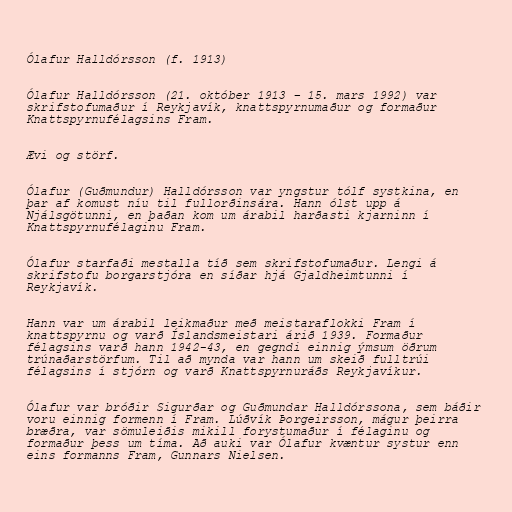
Ólafur Halldórsson (f. 1913)

Ólafur Halldórsson (21. október 1913 – 15. mars 1992) var
skrifstofumaður í Reykjavík, knattspyrnumaður og formaður
Knattspyrnufélagsins Fram.

Ævi og störf.

Ólafur (Guðmundur) Halldórsson var yngstur tólf systkina, en
þar af komust níu til fullorðinsára. Hann ólst upp á
Njálsgötunni, en þaðan kom um árabil harðasti kjarninn í
Knattspyrnufélaginu Fram.

Ólafur starfaði mestalla tíð sem skrifstofumaður. Lengi á
skrifstofu borgarstjóra en síðar hjá Gjaldheimtunni í
Reykjavík.

Hann var um árabil leikmaður með meistaraflokki Fram í
knattspyrnu og varð Íslandsmeistari árið 1939. Formaður
félagsins varð hann 1942-43, en gegndi einnig ýmsum öðrum
trúnaðarstörfum. Til að mynda var hann um skeið fulltrúi
félagsins í stjórn og varð Knattspyrnuráðs Reykjavíkur.

Ólafur var bróðir Sigurðar og Guðmundar Halldórssona, sem báðir
voru einnig formenn í Fram. Lúðvík Þorgeirsson, mágur þeirra
bræðra, var sömuleiðis mikill forystumaður í félaginu og
formaður þess um tíma. Að auki var Ólafur kvæntur systur enn
eins formanns Fram, Gunnars Nielsen.